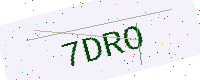
Text: 7DRO